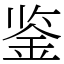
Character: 鉴